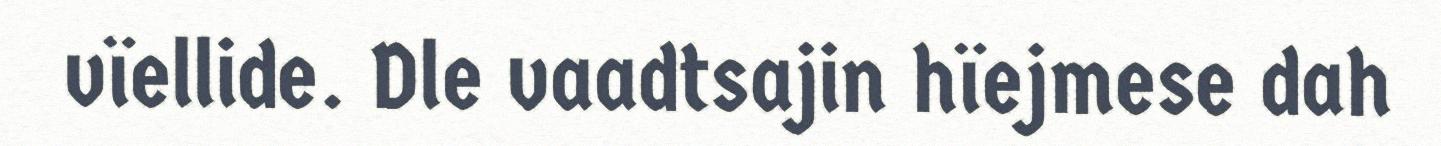
vïellide. Dle vaadtsajin hïejmese dah